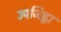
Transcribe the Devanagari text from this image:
उपजिह्वा